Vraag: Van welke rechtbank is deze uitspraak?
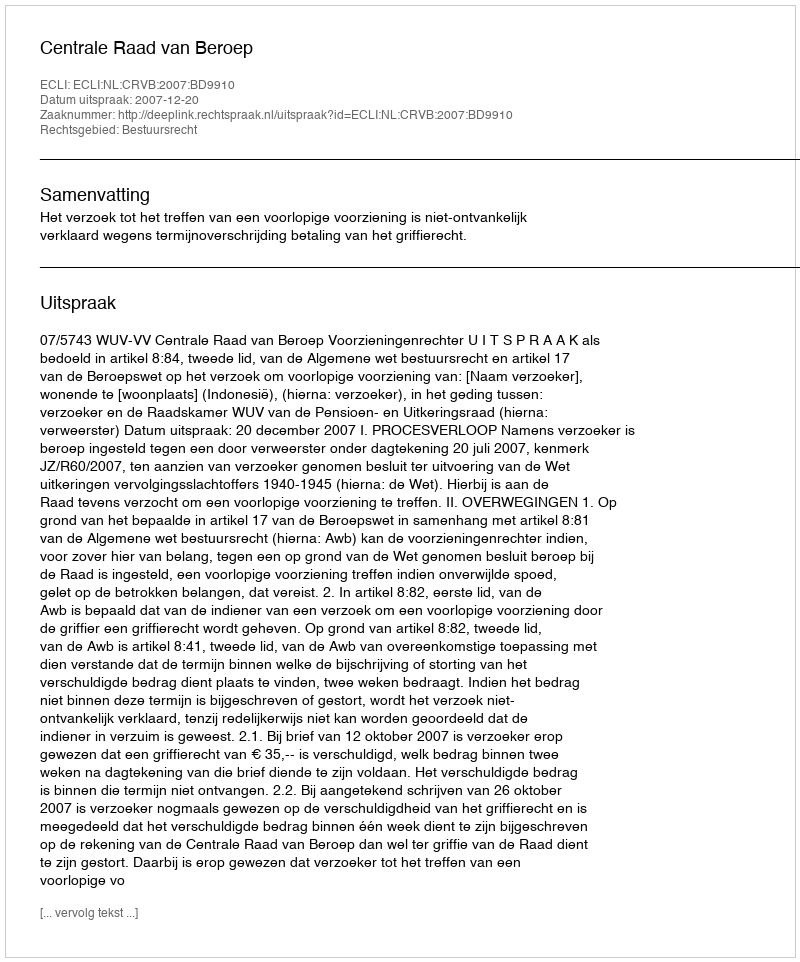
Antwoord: Centrale Raad van Beroep